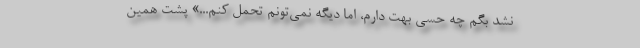
نشد بگم چه حسی بهت دارم، اما دیگه نمی‌تونم تحمل کنم...» پشت همین